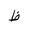
Letter: _za